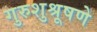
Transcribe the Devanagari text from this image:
गुरुशुश्रूषणे